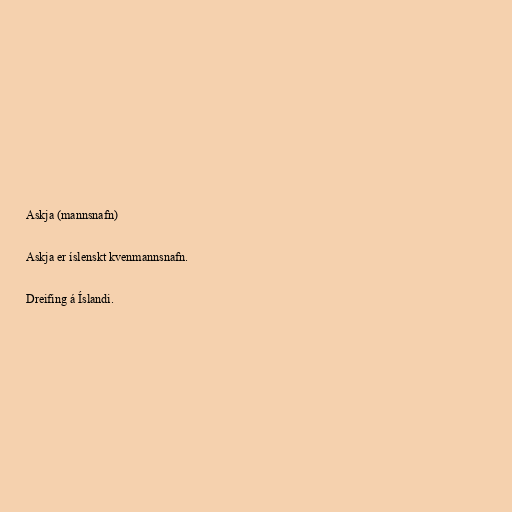
Askja (mannsnafn)

Askja er íslenskt kvenmannsnafn.

Dreifing á Íslandi.